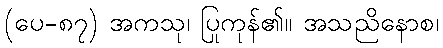
(ပေ-၈၇) အကသု၊ ပြုကုန်၏။ အသညိနောစ၊